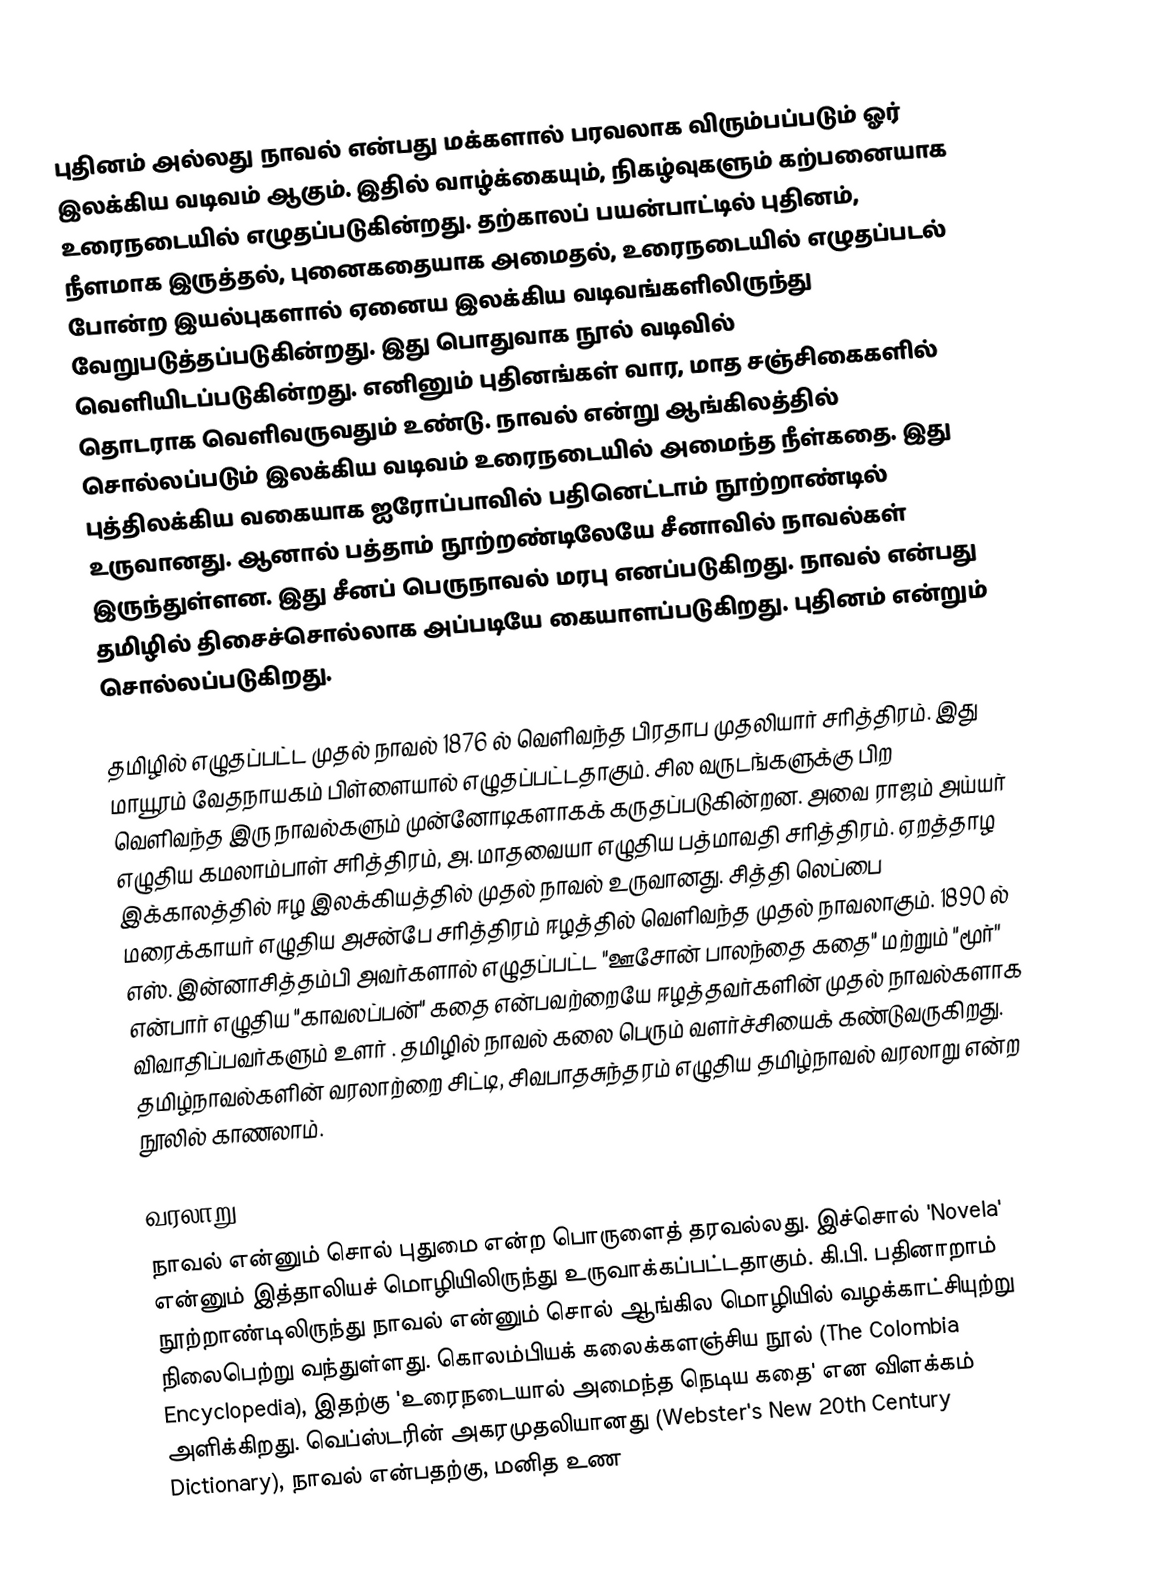
புதினம் அல்லது நாவல் என்பது மக்களால் பரவலாக விரும்பப்படும் ஓர் இலக்கிய வடிவம் ஆகும். இதில் வாழ்க்கையும், நிகழ்வுகளும் கற்பனையாக உரைநடையில் எழுதப்படுகின்றது. தற்காலப் பயன்பாட்டில் புதினம், நீளமாக இருத்தல், புனைகதையாக அமைதல், உரைநடையில் எழுதப்படல் போன்ற இயல்புகளால் ஏனைய இலக்கிய வடிவங்களிலிருந்து வேறுபடுத்தப்படுகின்றது. இது பொதுவாக நூல் வடிவில் வெளியிடப்படுகின்றது. எனினும் புதினங்கள் வார, மாத சஞ்சிகைகளில் தொடராக வெளிவருவதும் உண்டு. நாவல் என்று ஆங்கிலத்தில் சொல்லப்படும் இலக்கிய வடிவம் உரைநடையில் அமைந்த நீள்கதை. இது புத்திலக்கிய வகையாக ஐரோப்பாவில் பதினெட்டாம் நூற்றாண்டில் உருவானது. ஆனால் பத்தாம் நூற்றண்டிலேயே சீனாவில் நாவல்கள் இருந்துள்ளன. இது சீனப் பெருநாவல் மரபு எனப்படுகிறது. நாவல் என்பது தமிழில் திசைச்சொல்லாக அப்படியே கையாளப்படுகிறது. புதினம் என்றும் சொல்லப்படுகிறது.

தமிழில் எழுதப்பட்ட முதல் நாவல் 1876 ல் வெளிவந்த பிரதாப முதலியார் சரித்திரம். இது மாயூரம் வேதநாயகம் பிள்ளையால் எழுதப்பட்டதாகும். சில வருடங்களுக்கு பிற வெளிவந்த  இரு நாவல்களும் முன்னோடிகளாகக் கருதப்படுகின்றன. அவை ராஜம் அய்யர் எழுதிய கமலாம்பாள் சரித்திரம், அ. மாதவையா எழுதிய பத்மாவதி சரித்திரம். ஏறத்தாழ இக்காலத்தில் ஈழ இலக்கியத்தில் முதல் நாவல் உருவானது. சித்தி லெப்பை மரைக்காயர் எழுதிய அசன்பே சரித்திரம் ஈழத்தில் வெளிவந்த முதல் நாவலாகும். 1890 ல் எஸ். இன்னாசித்தம்பி அவர்களால் எழுதப்பட்ட "ஊசோன் பாலந்தை கதை" மற்றும் "மூர்'' என்பார் எழுதிய "காவலப்பன்" கதை என்பவற்றையே ஈழத்தவர்களின்  முதல் நாவல்களாக விவாதிப்பவர்களும் உளர் .  தமிழில் நாவல் கலை பெரும் வளர்ச்சியைக் கண்டுவருகிறது. தமிழ்நாவல்களின் வரலாற்றை சிட்டி, சிவபாதசுந்தரம் எழுதிய தமிழ்நாவல் வரலாறு என்ற நூலில் காணலாம்.

வரலாறு
நாவல் என்னும் சொல் புதுமை என்ற பொருளைத் தரவல்லது. இச்சொல் 'Novela' என்னும் இத்தாலியச் மொழியிலிருந்து உருவாக்கப்பட்டதாகும். கி.பி. பதினாறாம் நூற்றாண்டிலிருந்து நாவல் என்னும் சொல் ஆங்கில மொழியில் வழக்காட்சியுற்று நிலைபெற்று வந்துள்ளது. கொலம்பியக் கலைக்களஞ்சிய நூல் (The Colombia Encyclopedia), இதற்கு 'உரைநடையால் அமைந்த நெடிய கதை' என விளக்கம் அளிக்கிறது. வெப்ஸ்டரின் அகரமுதலியானது (Webster's New 20th Century Dictionary), நாவல் என்பதற்கு, மனித உண